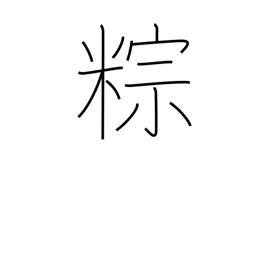
Meaning: rice dumplings steamed in bamboo leaves